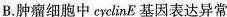
B.肿瘤细胞中cyclinE基因表达异常